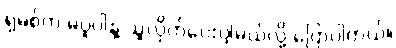
ရှမစ်က မပူပါနဲ့ သူလိုက်ပေးပါ့မယ်လို့ ပြောပါတယ်။